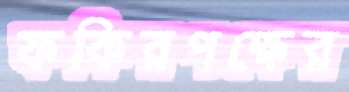
ফকিরপক্ষের